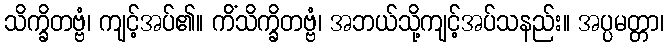
သိက္ခိတဗ္ဗံ၊ ကျင့်အပ်၏။ ကိံသိက္ခိတဗ္ဗံ၊ အဘယ်သို့ကျင့်အပ်သနည်း။ အပ္ပမတ္တာ၊